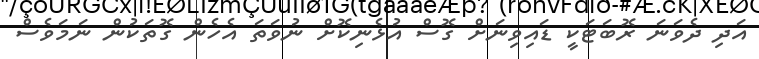
އަދި ދެވަނަ ރޮބަޓަކީ ޑައިވިނަށް ގޮސް އުޅެނިކޮށް ނުވަތަ އެހެން ގޮތަކުން ނަމަވެސް